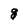
Character: g